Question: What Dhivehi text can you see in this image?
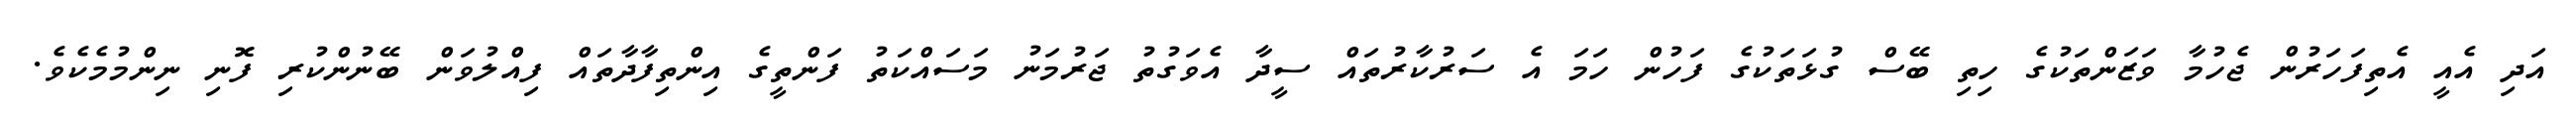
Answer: އަދި އެއީ އެތިފަހަރުން ޖެހުމާ ވަޒަންތަކުގެ ހިތި ބޭސް ގުޅަތަކުގެ ފަހުން ހަމަ އެ ސަރުކާރުތައް ސީދާ އެވަގުތު ޖަރުމަނު މަސައްކަތު ފަންތީގެ އިންތިފާދާތައް ފިއްލުވަން ބޭނުންކުރި ފޮނި ނިންމުމެކެވެ.